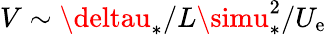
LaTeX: V\sim\deltau_{*}/L\simu_{*}^{2}/U_{\mathrm{e}}